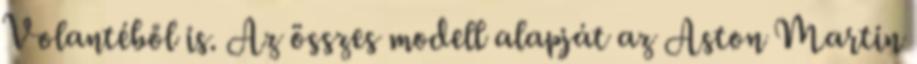
Volantéből is. Az összes modell alapját az Aston Martin